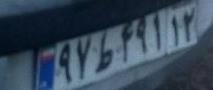
۹۷ط۴۹۱۱۲